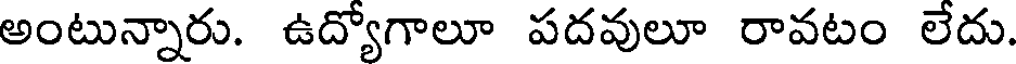
అంటున్నారు. ఉద్యోగాలూ పదవులూ రావటం లేదు.